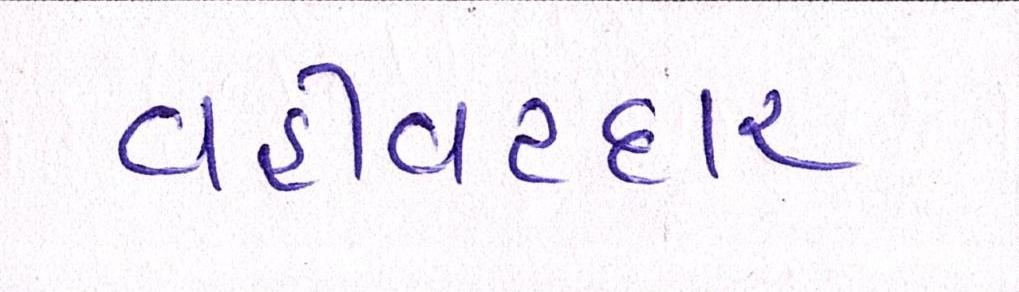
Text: વહીવટદાર